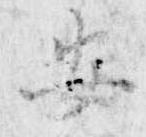
安